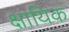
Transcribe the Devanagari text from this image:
क्षायिक